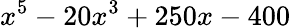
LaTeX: x^{5}-20x^{3}+250x-400